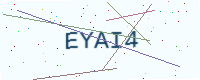
Text: EYAI4